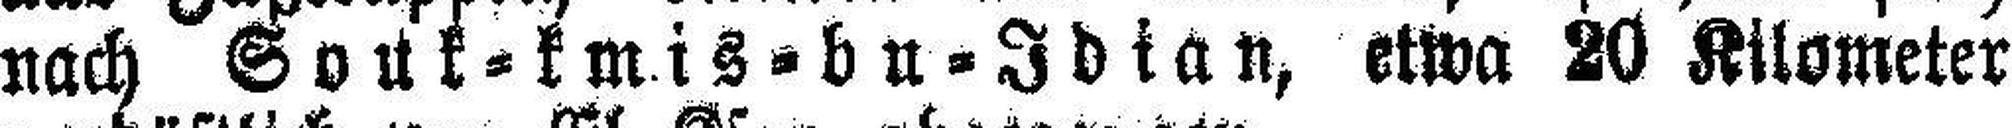
nach Souk=kmis=bu=Idian, etwa 20 Kilometer